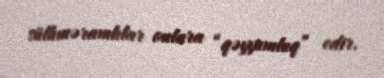
sülhməramlılar onlara “qəyyumluq” edir.